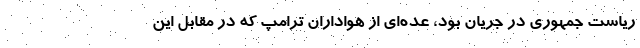
ریاست جمهوری در جریان بود، عده‌ای از هواداران ترامپ که در مقابل این